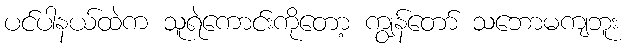
ပင်ပါနယ်ထဲက သူရဲကောင်းကိုတော့ ကျွန်တော် သဘောမကျဘူး